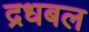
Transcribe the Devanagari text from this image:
द्रधबल